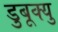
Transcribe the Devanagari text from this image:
डुबूक्यु